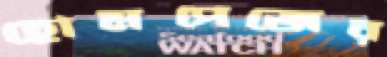
হোমপেজের